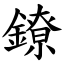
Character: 鐐